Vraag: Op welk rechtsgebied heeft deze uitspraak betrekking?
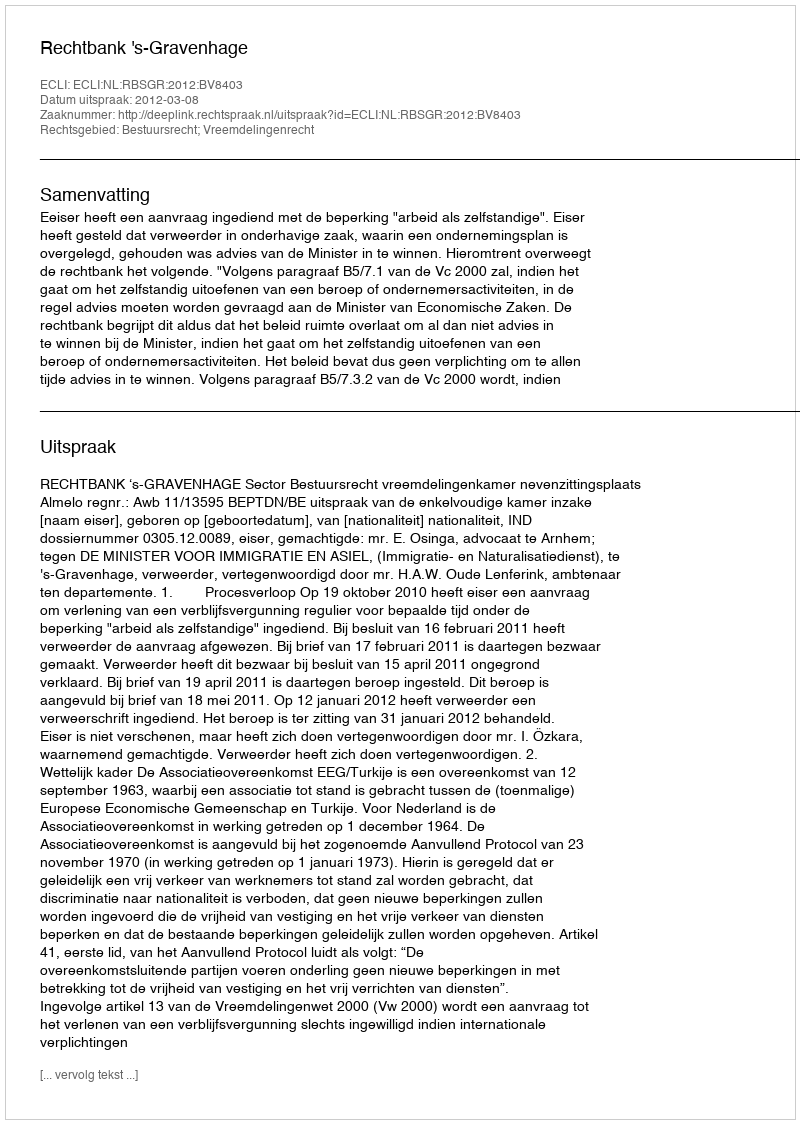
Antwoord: Bestuursrecht; Vreemdelingenrecht